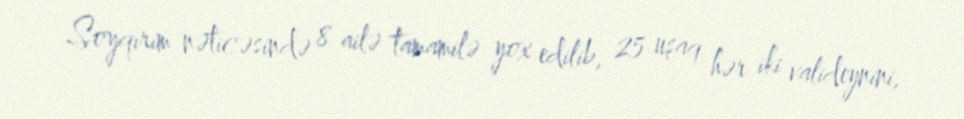
Soyqırım nəticəsində 8 ailə tamamilə yox edilib, 25 uşaq hər iki valideynini,